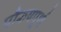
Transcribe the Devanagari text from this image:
पौरुषपूर्ण